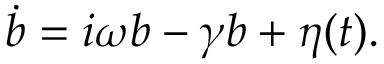
\dot { b } = i \omega b - \gamma b + \eta ( t ) .